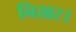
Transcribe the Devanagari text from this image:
निखर।